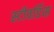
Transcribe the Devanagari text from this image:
स्‍टीवर्डिस